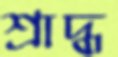
শ্রাদ্ধ